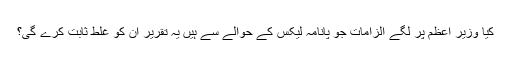
کیا وزیر اعظم پر لگے الزامات جو پانامہ لیکس کے حوالے سے ہیں یہ تقریر ان کو غلط ثابت کرے گی؟